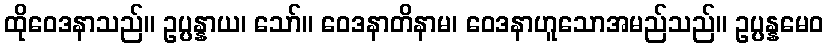
ထိုဝေဒနာသည်။ ဥပ္ပန္နာယ၊ သော်။ ဝေဒနာတိနာမ၊ ဝေဒနာဟူသောအမည်သည်။ ဥပ္ပန္နမေဝ